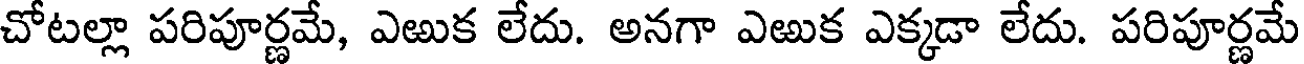
చోటల్లా పరిపూర్ణమే, ఎఱుక లేదు. అనగా ఎఱుక ఎక్కడా లేదు. పరిపూర్ణమే